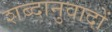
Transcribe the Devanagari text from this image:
शब्दानुवादों